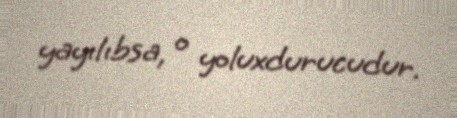
yayılıbsa, o yoluxdurucudur.